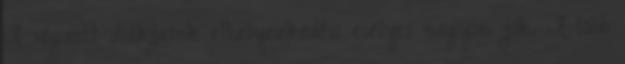
A végzett diákjaink elhelyezkedési esélyei nagyon jók. A több